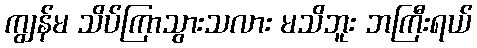
ကျွန်မ သိပ်ကြာသွားသလား မသိဘူး ဘကြီးရယ်